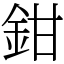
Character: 鉗